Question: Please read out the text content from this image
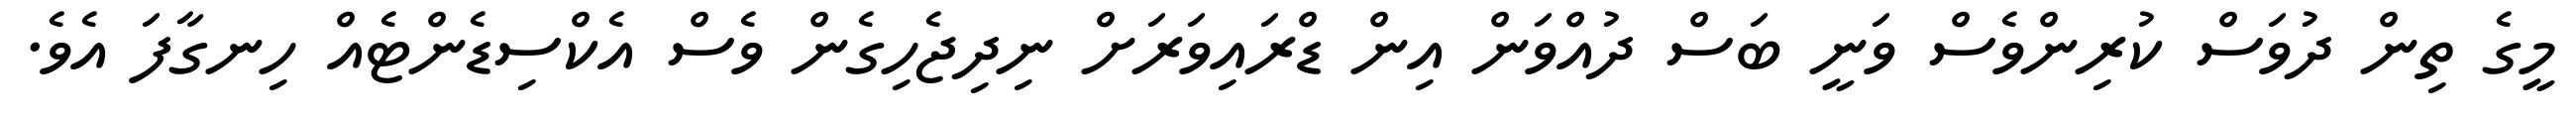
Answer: މީގެ ތިން ދުވަސް ކުރިންވެސް ވަނީ ބަސް ދުއްވަން އިން ޑްރައިވަރަށް ނިދިޖެހިގެން ވެސް އެކްސިޑެންޓެއް ހިނގާފަ އެވެ.